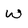
Character: W